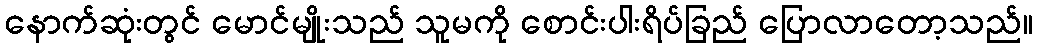
နောက်ဆုံးတွင် မောင်မျိုးသည် သူမကို စောင်းပါးရိပ်ခြည် ပြောလာတော့သည်။